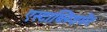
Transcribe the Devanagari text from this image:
एस्टाब्लिशमेंट